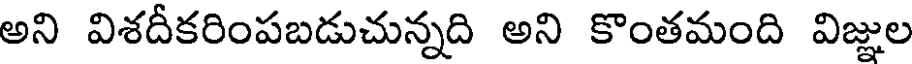
అని విశదీకరింపబడుచున్నది అని కొంతమంది విజ్ఞుల